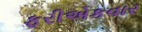
ફરીએકવાર